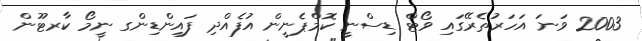
2003 ވަނަ އަހަރުތެރޭގައި ވޯޓް ޑިސްނީ ކޮމްޕެނީން އުފެއްދި ފައިންޑިންގ ނީމޯ ކާރޓޫން